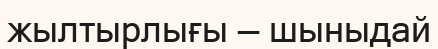
жылтырлығы — шыныдай